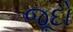
જૂદો